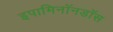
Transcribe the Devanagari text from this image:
इपामिनॉनडॉस